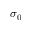
\sigma _ { 0 }